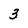
Character: 3